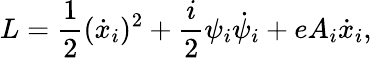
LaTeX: L=\frac{1}{2}(\dot{x}_{i})^{2}+\frac{i}{2}\psi_{i}\dot{\psi}_{i}+eA_{i}\dot{x}_{i},